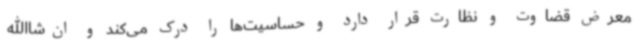
معرض قضاوت و نظارت قرار دارد و حساسیت‌ها را درک می‌کند و ان‌شاالله